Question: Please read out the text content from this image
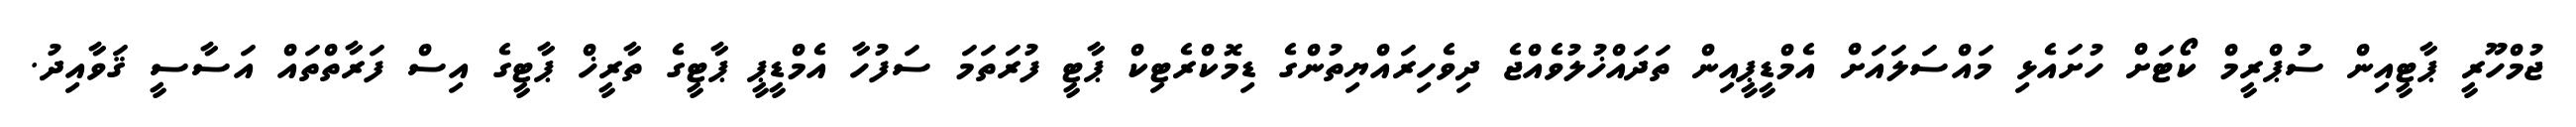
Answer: ޖުމްހޫރީ ޕާޓީއިން ސުޕްރީމް ކޯޓަށް ހުށައެޅި މައްސަލައަށް އެމްޑީޕީއިން ތަދައްޚުލުވެއްޖެ ދިވެހިރައްޔިތުންގެ ޑިމޮކްރެޓިކް ޕާޓީ ފުރަތަމަ ސަފުހާ އެމްޑީޕީ ޕާޓީގެ ތާރީޚް ޕާޓީގެ އިސް ފަރާތްތައް އަސާސީ ޤަވާއިދު.